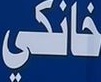
خانكي